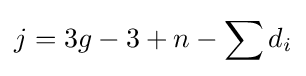
j=3g-3+n-\sum d_{i}